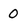
Character: 0